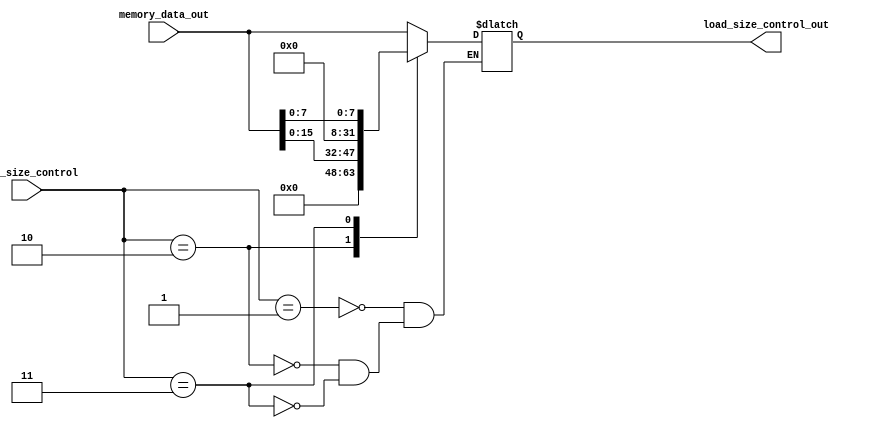

module LoadSizeControl (
	input wire [31:0] memory_data_out,
	input wire [1:0] load_size_control,
	output reg [31:0] load_size_control_out
);
	parameter S1 = 1, S2 = 2, S3 = 3;
	always @(*) begin
		case(load_size_control)
			S1:
				load_size_control_out <= memory_data_out;
			S2:
				load_size_control_out <= {16'd0,memory_data_out[15:0]};
			S3:
				load_size_control_out <= {24'd0,memory_data_out[7:0]};
		endcase
	end

endmodule